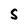
Character: S